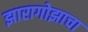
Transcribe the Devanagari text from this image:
झारागोझाचा